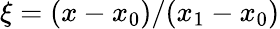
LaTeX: \xi=(x-x_{0})/(x_{1}-x_{0})